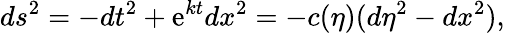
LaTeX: ds^{2}=-dt^{2}+\mathrm{e}^{kt}dx^{2}=-c(\eta)(d\eta^{2}-dx^{2}),